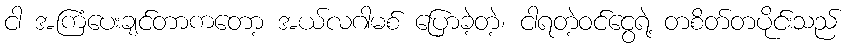
ငါ အကြံပေးချင်တာကတော့ အယ်လဂါမစ် ပြောခဲ့တဲ့၊ ငါရတဲ့ဝင်ငွေရဲ့ တစိတ်တပိုင်းသည်